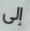
إلى